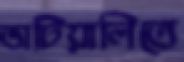
ভাটিয়ালিতে